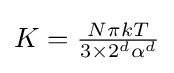
\textstyle K={\frac {N\pi kT}{3\times 2^{d}\alpha ^{d}}}